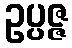
ဥပ္ပဇ္ဇ